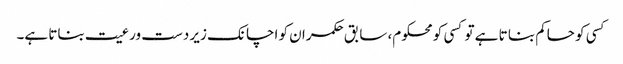
کسی کو حاکم بنا تا ہے تو کسی کو محکوم، سابق حکمران کو اچانک زیر دست ورعیت بناتا ہے۔